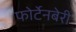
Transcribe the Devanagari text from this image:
फोर्टेनबेरी